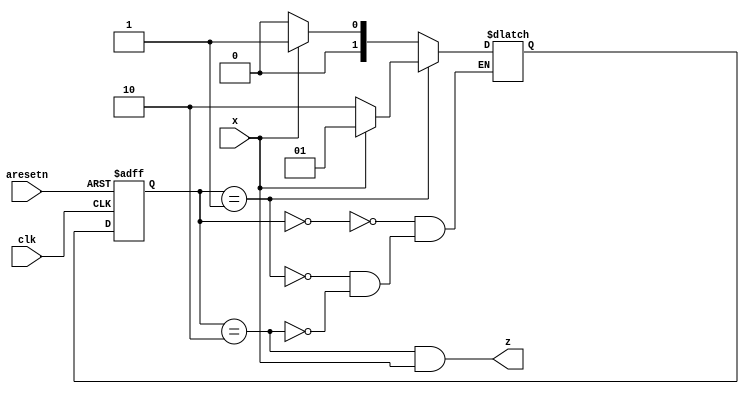
module top_module (
    input clk,
    input aresetn,    // Asynchronous active-low reset
    input x,
    output z ); 
    
    parameter S0 = 0 , S1 = 1 , S2 = 2  ;
    reg [1:0] cstate ,nstate ;
    
    always @(posedge clk or negedge aresetn) begin
        if(!aresetn) begin
            cstate <= S0 ;
        end
        else begin
            cstate <= nstate ;
        end
    end
    
    always @(*) begin
        case(cstate)
            S0 : nstate = x ? S1 : S0 ;
            S1 : nstate = x ? S1 : S2 ;
            S2 : nstate = x ? S1 : S0 ;
        endcase
    end
    
    assign z = (cstate == S2) && x ;

endmodule